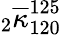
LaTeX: {}_{2}\overline{{\kappa}}_{120}^{125}